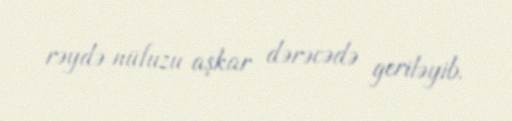
rəydə nüfuzu aşkar dərəcədə geriləyib.